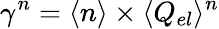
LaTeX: \gamma^{n}=\langle n\rangle\times\langle Q_{el}\rangle^{n}